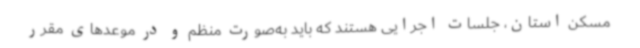
مسکن استان، جلسات اجرایی هستند که باید به‌صورت منظم و در موعدهای مقرر